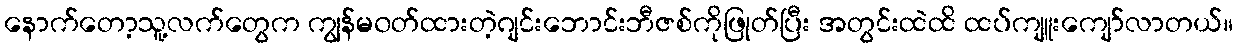
နောက်တော့သူ့လက်တွေက ကျွန်မ၀တ်ထားတဲ့ဂျင်းဘောင်းဘီဇစ်ကိုဖြုတ်ပြီး အတွင်းထဲထိ ထပ်ကျူးကျော်လာတယ်။